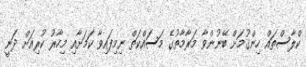
ކްލާސްތައް ހިންގުމަށް ބޭނުންވާ މަރާމާތުގެ މަސައްކަތް ނިމިފައިވާ ކަމަށާއި މިހާރު ކުރިއަށް ދަނީ